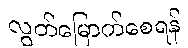
လွတ်မြောက်စေရန်